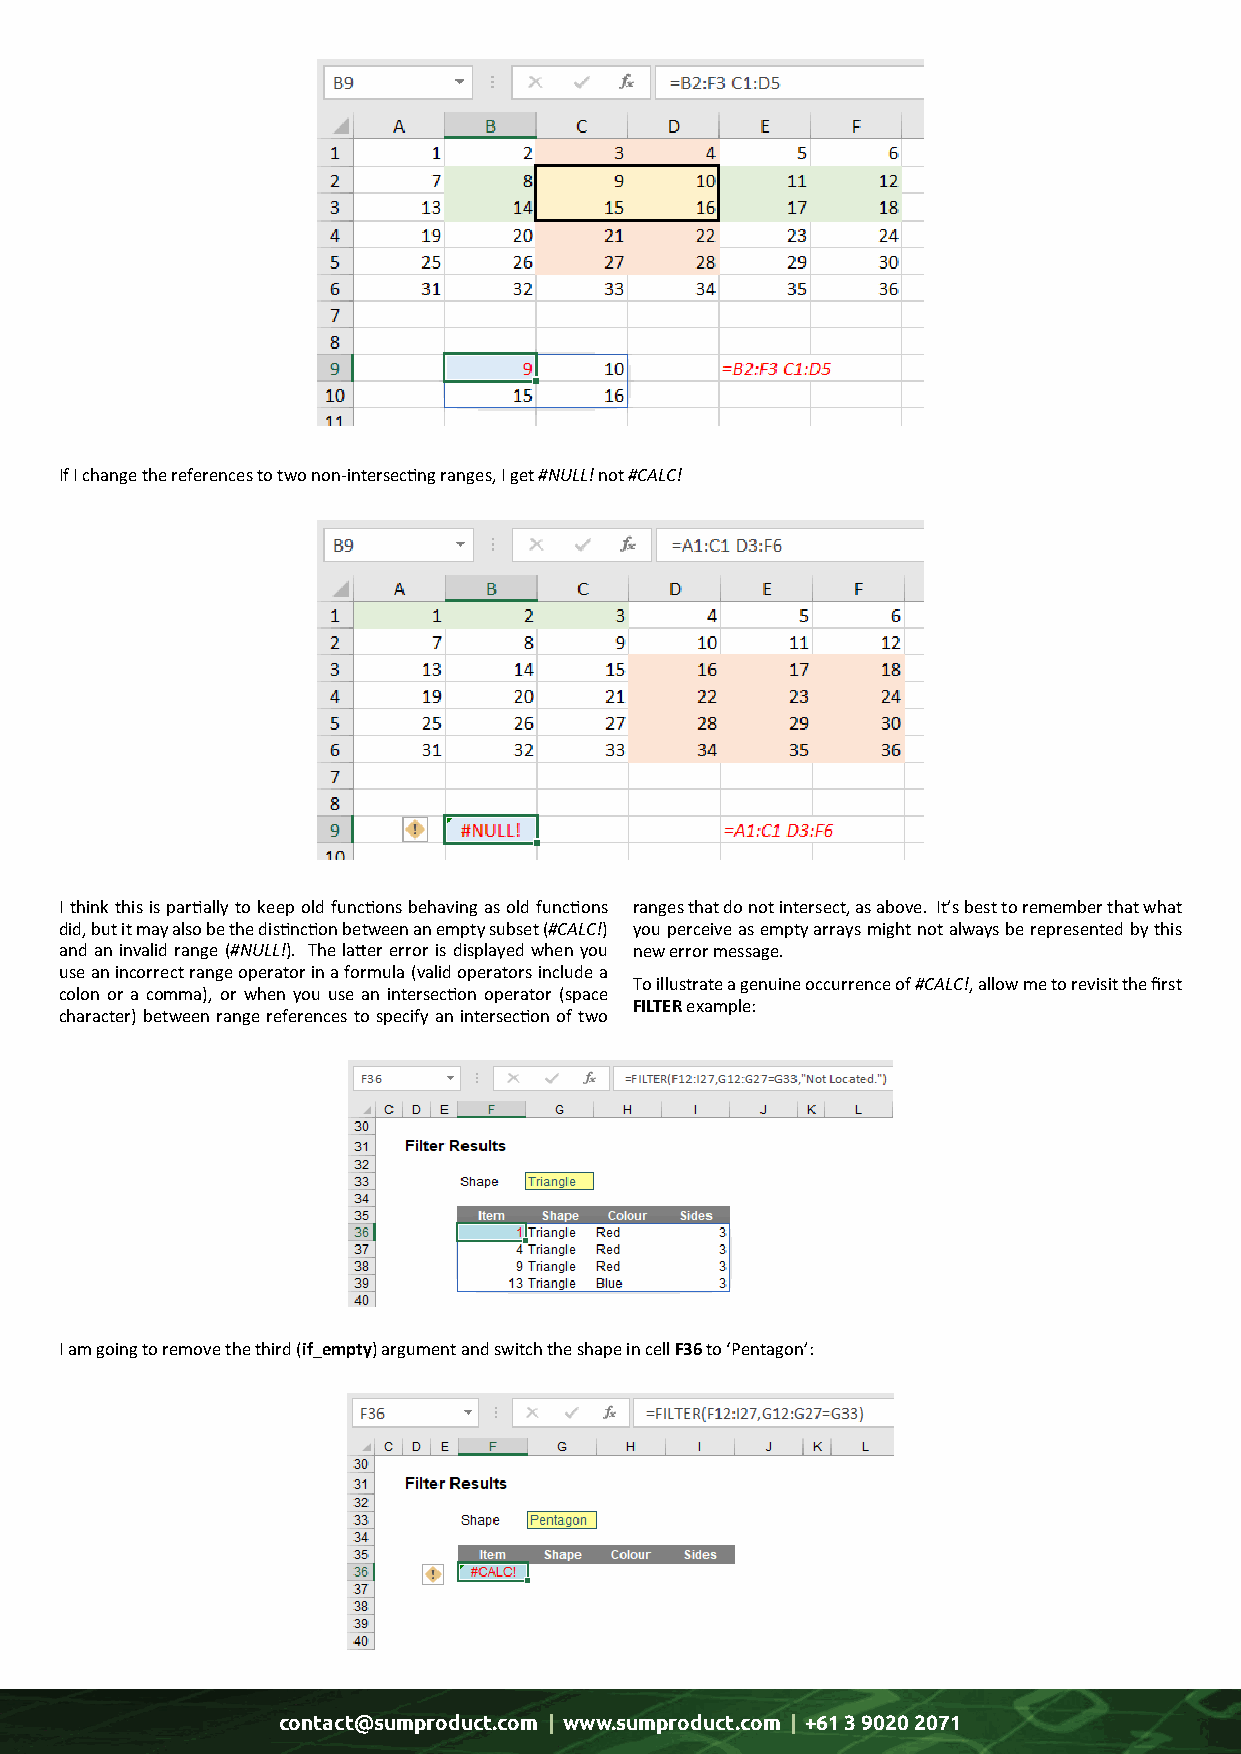
If I change the references to two non-intersecting ranges, I get #NULL! not #CALC!
 I think this is partially to keep old functions behaving as old functions ranges that do not intersect, as above. It’s best to remember that what
 did, but it may also be the distinction between an empty subset (#CALC!) you perceive as empty arrays might not always be represented by this
 and an invalid range (#NULL!). The latter error is displayed when you new error message.
 use an incorrect range operator in a formula (valid operators include a
 To illustrate a genuine occurrence of #CALC!, allow me to revisit the first
 colon or a comma), or when you use an intersection operator (space
 FILTER example:
 character) between range references to specify an intersection of two
 I am going to remove the third (if_empty) argument and switch the shape in cell F36 to ‘Pentagon’:
 contact@sumproduct.com | www.sumproduct.com | +61 3 9020 2071